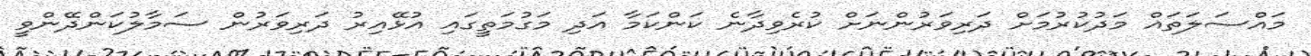
މައްސަލަތައް މަދުކުރުމަށް ދަރިވަރުންނަށް ކުރެވިދާނެ ކަންކަމާ އަދި މަގުމަތީގައި އުޅޭއިރު ދަރިވަރުން ސަމާލުކަންދޭންވީ